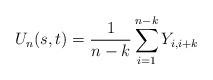
LaTeX: \begin{align*}U_n(s, t)= \frac{1}{n-k}\sum_{i=1}^{n-k} Y_{i, i+k}\end{align*}